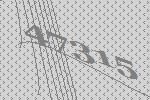
47315